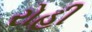
રોહી